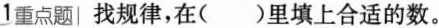
1重点题| 找规律，在( )里填上合适的数。